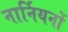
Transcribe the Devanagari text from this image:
नार्नियनों